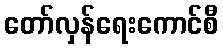
တော်လှန်ရေးကောင်စီ